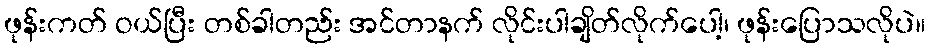
ဖုန်းကတ် ဝယ်ပြီး တစ်ခါတည်း အင်တာနက် လိုင်းပါချိတ်လိုက်ပေါ့၊ ဖုန်းပြောသလိုပဲ။